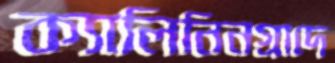
ক্যালিনিনগ্রাদে